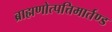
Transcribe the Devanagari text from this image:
ब्राह्मणोत्पत्तिमार्तण्ड